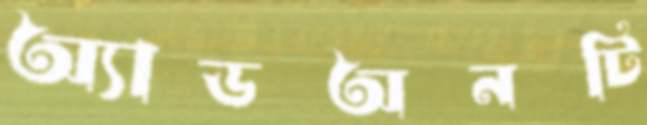
অ্যাডঅনটি